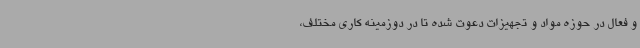
و فعال در حوزه مواد و تجهیزات دعوت شده تا در دوزمینه کاری مختلف،